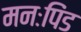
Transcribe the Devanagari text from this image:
मनःपिंड